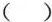
( )